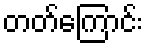
တတ်ကြောင်း